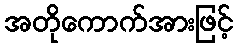
အတိုကောက်အားဖြင့်